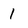
Character: 1